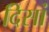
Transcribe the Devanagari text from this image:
दिसां